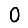
Digit: 0